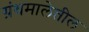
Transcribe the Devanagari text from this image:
ग्रंथमालेतील